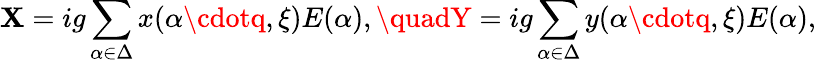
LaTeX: \mathbf{X}=ig\sum_{\alpha\in\Delta}x(\alpha\cdotq,\xi)E(\alpha),\quadY=ig\sum_{\alpha\in\Delta}y(\alpha\cdotq,\xi)E(\alpha),